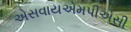
એસવાયએમપીએસી